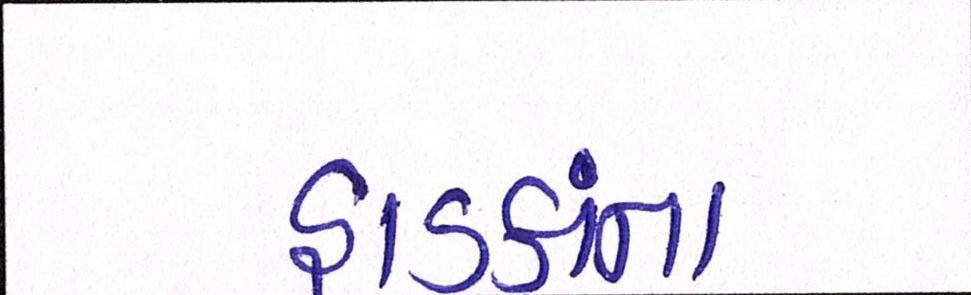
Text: હાડકાંના